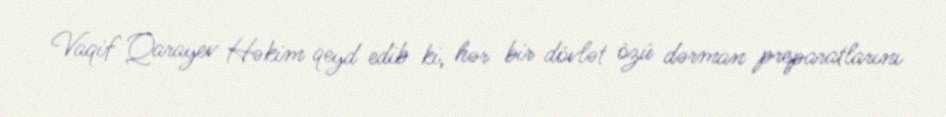
Vaqif Qarayev Həkim qeyd edib ki, hər bir dövlət özü dərman preparatlarını